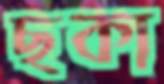
ছকা